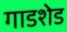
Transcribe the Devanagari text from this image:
गाडशेड